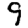
Digit: 9